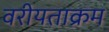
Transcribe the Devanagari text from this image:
वरीयताक्रम